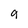
Character: g